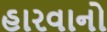
હારવાનો